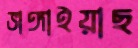
ভাঙ্গাইয়াছ